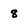
Character: 8